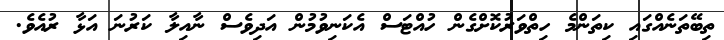
ތިބޭތަނެއްގައި ކިތަންމެ ހިތްވަރުކޮށްގެން ހުއްޓަސް އެކަނިވުމުން އަދިވެސް ނާއިލާ ކަރުނަ އަޅާ ރުއެވެ.